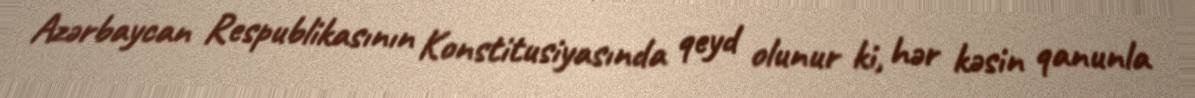
Azərbaycan Respublikasının Konstitusiyasında qeyd olunur ki, hər kəsin qanunla